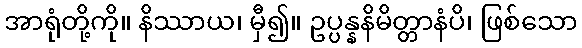
အာရုံတို့ကို။ နိဿာယ၊ မှီ၍။ ဥပ္ပန္နနိမိတ္တာနံပိ၊ ဖြစ်သော